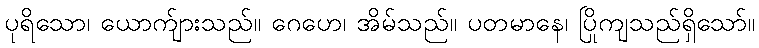
ပုရိသော၊ ယောက်ျားသည်။ ဂေဟေ၊ အိမ်သည်။ ပတမာနေ၊ ပြိုကျသည်ရှိသော်။